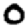
Digit: 0